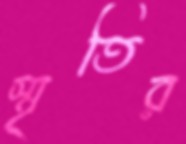
স্মৃতির